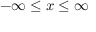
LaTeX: - \infty \leq x \leq \infty